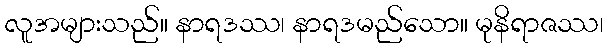
လူအများသည်။ နာရဒဿ၊ နာရဒမည်သော။ မုနိရာဇဿ၊